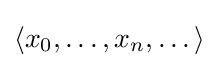
\langle x_{0},\dots ,x_{n},\dots \rangle